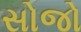
સોજો